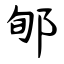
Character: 郇